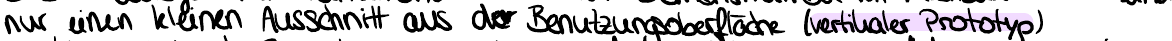
nur einen kleinen Ausschnitt aus der Benutzeroberfläche (vertikaler Prototyp)